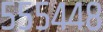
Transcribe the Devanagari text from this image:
५५५४४८